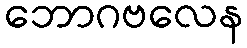
ဘောဂဗလေန